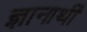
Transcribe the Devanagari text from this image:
ज्ञानार्थी